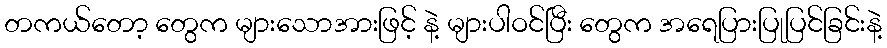
တကယ်တော့ တွေက များသောအားဖြင့် နဲ့ များပါဝင်ပြီး တွေက အရေပြားပြုပြင်ခြင်းနဲ့